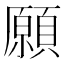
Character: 願